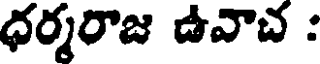
ధర్మరాజ ఉవాచ :